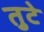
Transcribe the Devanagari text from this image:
तुटे